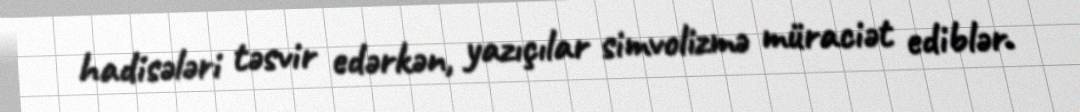
hadisələri təsvir edərkən, yazıçılar simvolizmə müraciət ediblər.